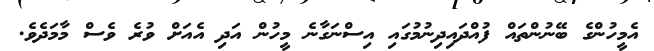
އެމީހުންގެ ބޭނުންތައް ފުއްދައިދިނުމުގައި އިސްނަގާނެ މީހުން އަދި އެއަށް ވުރެ ވެސް މާމަދެވެ.